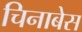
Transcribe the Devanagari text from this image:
चिनाबेस